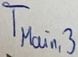
Text: TMain,3